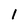
Character: I